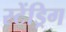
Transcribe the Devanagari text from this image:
स्टेंड्रिग